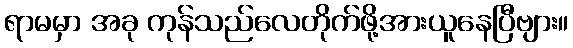
ရာမမှာ အခု ကုန်သည်လေတိုက်ဖို့အားယူနေပြီဗျား။